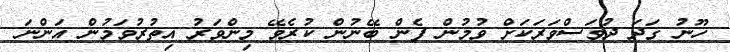
ހޫނު ގަދަ ދުވަސްވަރަކަށް ވުމުން ފެން ބޭނުން ކުރެވޭ މިންވަރު އިތުރުވަމުން އަންނަ